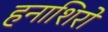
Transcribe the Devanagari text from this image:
हनाशिरो